Vaccination in the Punjab 1867-1880 - 1867-1880
Year: 1867
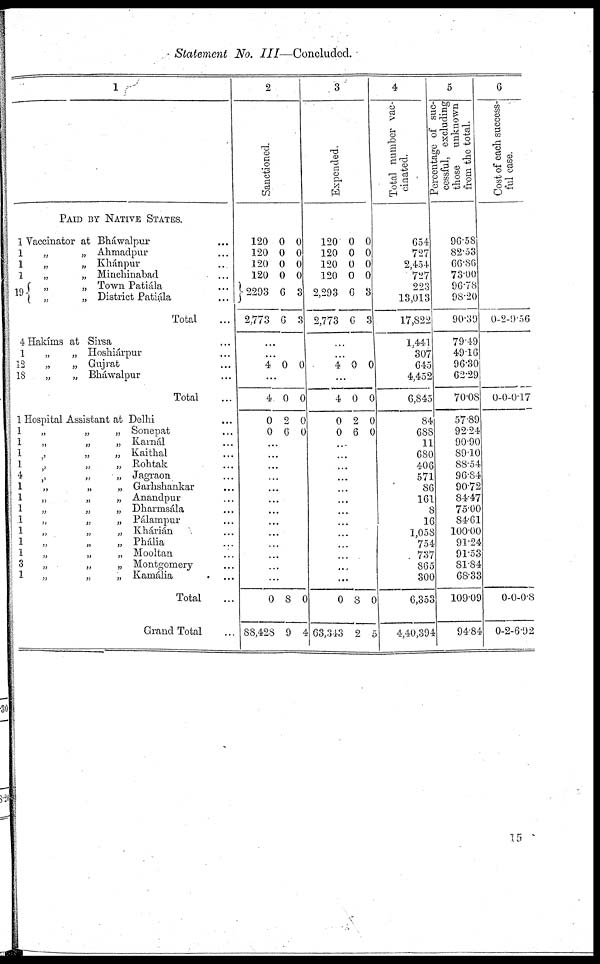
Statement No. III—Concluded.
1
1
1
1
19
4
1
12
18
1
1
1
1
1
4
1
1
1
1
1
1
1
3
1
1
2
Sanctioned.
3
Expended.
4
Total number vac¬
cinated.
5
Percentage of suc¬
cessful, excluding
those
unknown
from the total.
6
Cost of each success¬
ful case.
PAID BY NATIVE STATES.
Vaccinator at Bháwalpur ...
„
„ Ahmadpur ...
„
„ Khánpur ...
„
„ Minchinabad ...
„
„ Town Patiála ...
„
„ District Patiála ...
Total ...
Hakíms at Sirsa ...
„
„ Hoshiárpur ...
„ Gujrat ...
„
„ Bháwalpur ...
Total ...
Hospital Assistant at Delhi ...
„
„
„ Sonepat ...
„
„
„ Karnál ...
„
„
„ Kaithal ...
„
„
„ Rohtak ...
„ „ „ Jagraon ...
„
„
„ Garhshankar ...
„
„
„ Anandpur ...
„
„
„ Dhamsála ...
„
„ Pálampur ...
„
„
„ Khárián ...
„ Phália ...
„
„
„ Mooltan ...
„
„
„ Montgomery ...
„
„
„ Kamália ...
Total ...
Grand Total ...
120
120
120
120
2293
2,773
...
...
4
...
4
0
0
0
0
0
0
6
6
0
0
2
6
0
0
0
0
3
3
0
0
0
0
...
...
...
...
...
...
...
...
...
...
...
...
...
0
88,428
8
9
0
4
120
120
120
120
2,293
2,773
0
0
0
0
6
6
...
...
4 0
...
4
0
0
0
2
6
0
0
0
0
3
3
0
0
0
0
....
...
...
...
...
...
...
...
...
...
...
...
...
0
63,343
8
2
0
5
654
727
2,454
727
223
13,013
17,822
1,441
307
645
4,452
6,845
84
688
11
680
406
571
86
161
8
16
1,058
754
737
865
300
6,353
4,40,394
96.58
82.53
66.86
73.00
96.78
98.20
90.39
79.49
49.16
96.30
62.29
70.08
57.89
92.24
90.90
89.10
88.54
96.84
90.72
84.47
75.00
84.61
100.00
91.24
91.53
81.84
68.33
109.09
94.84
0 2 9.56
0 0 0.17
0
0
0
-2
0.8
-6.92
15